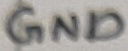
Text: GND